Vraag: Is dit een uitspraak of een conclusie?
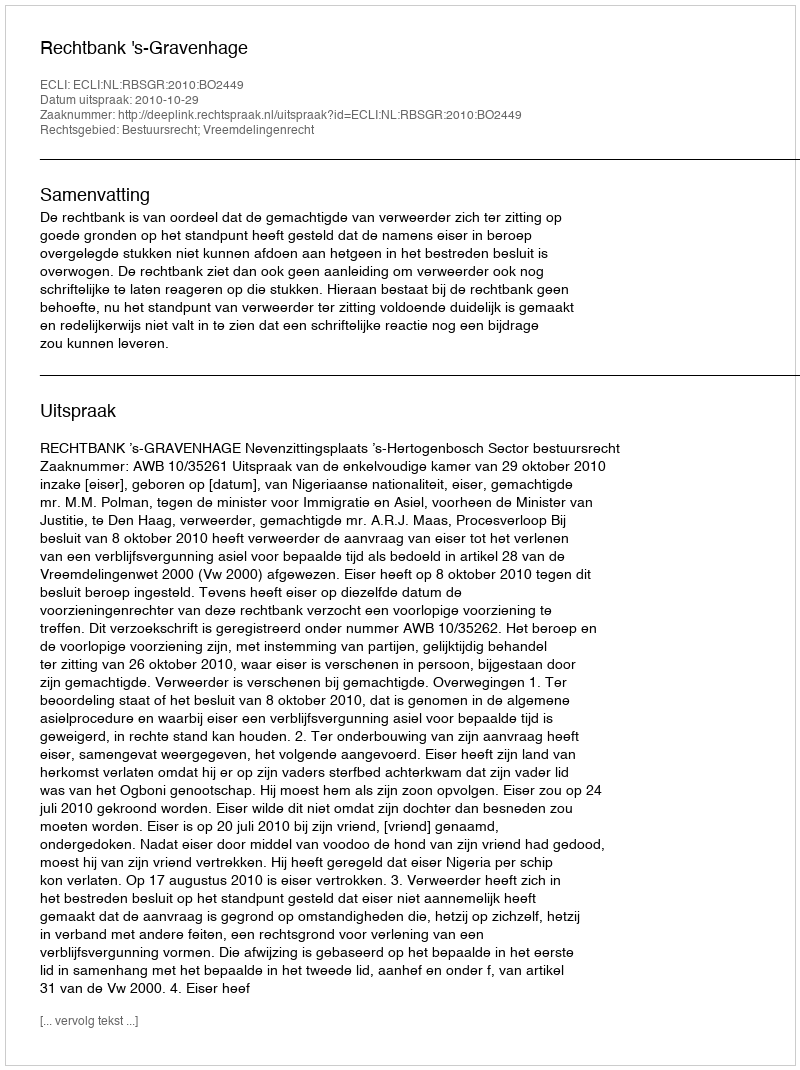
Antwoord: Uitspraak